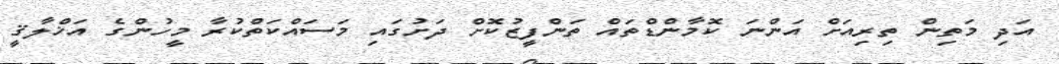
އަދި މަތިން ތިރިއަށް އަންނަ ކޮމާންޑްތައް ތަންފީޒުކޮށް ދަށުގައި މަސައްކަތްކުރާ މީހުންގެ އަޚްލާޤީ